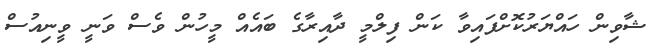
ޝާވިން ހައްޔަރުކޮށްފައިވާ ކަން ފިލްމީ ދާއިރާގެ ބައެއް މީހުން ވެސް ވަނީ ވީނިއުސް